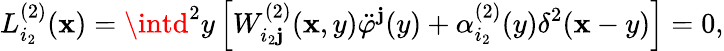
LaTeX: L_{i_{2}}^{(2)}(\mathbf{x})=\intd^{2}y\left[W_{i_{2}\mathbf{j}}^{(2)}(\mathbf{x},y)\ddot{{\varphi}}^{\mathbf{j}}(y)+\alpha_{i_{2}}^{(2)}(y)\delta^{2}(\mathbf{x}-y)\right]=0,